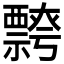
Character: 𭑦